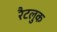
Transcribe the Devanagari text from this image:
रैटलुक